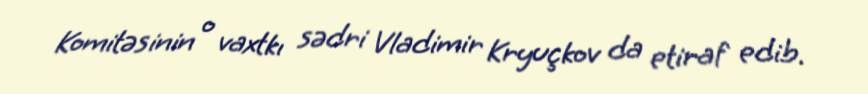
Komitəsinin o vaxtkı sədri Vladimir Kryuçkov da etiraf edib.